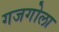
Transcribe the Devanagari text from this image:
गजगोला